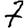
Digit: 7